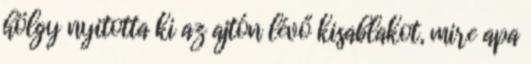
hölgy nyitotta ki az ajtón lévő kisablakot, mire apa